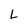
Character: L